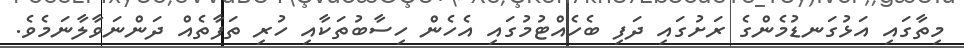
މިތާގައި އަޅުގަނޑުމެންގެ ރަށުގައި ދަފި ބެހެއްޓުމުގައި އެހެން ހިސާބުތަކާއި ހުރި ތަފާތެއް ދަންނަވާލާނަމެވެ.